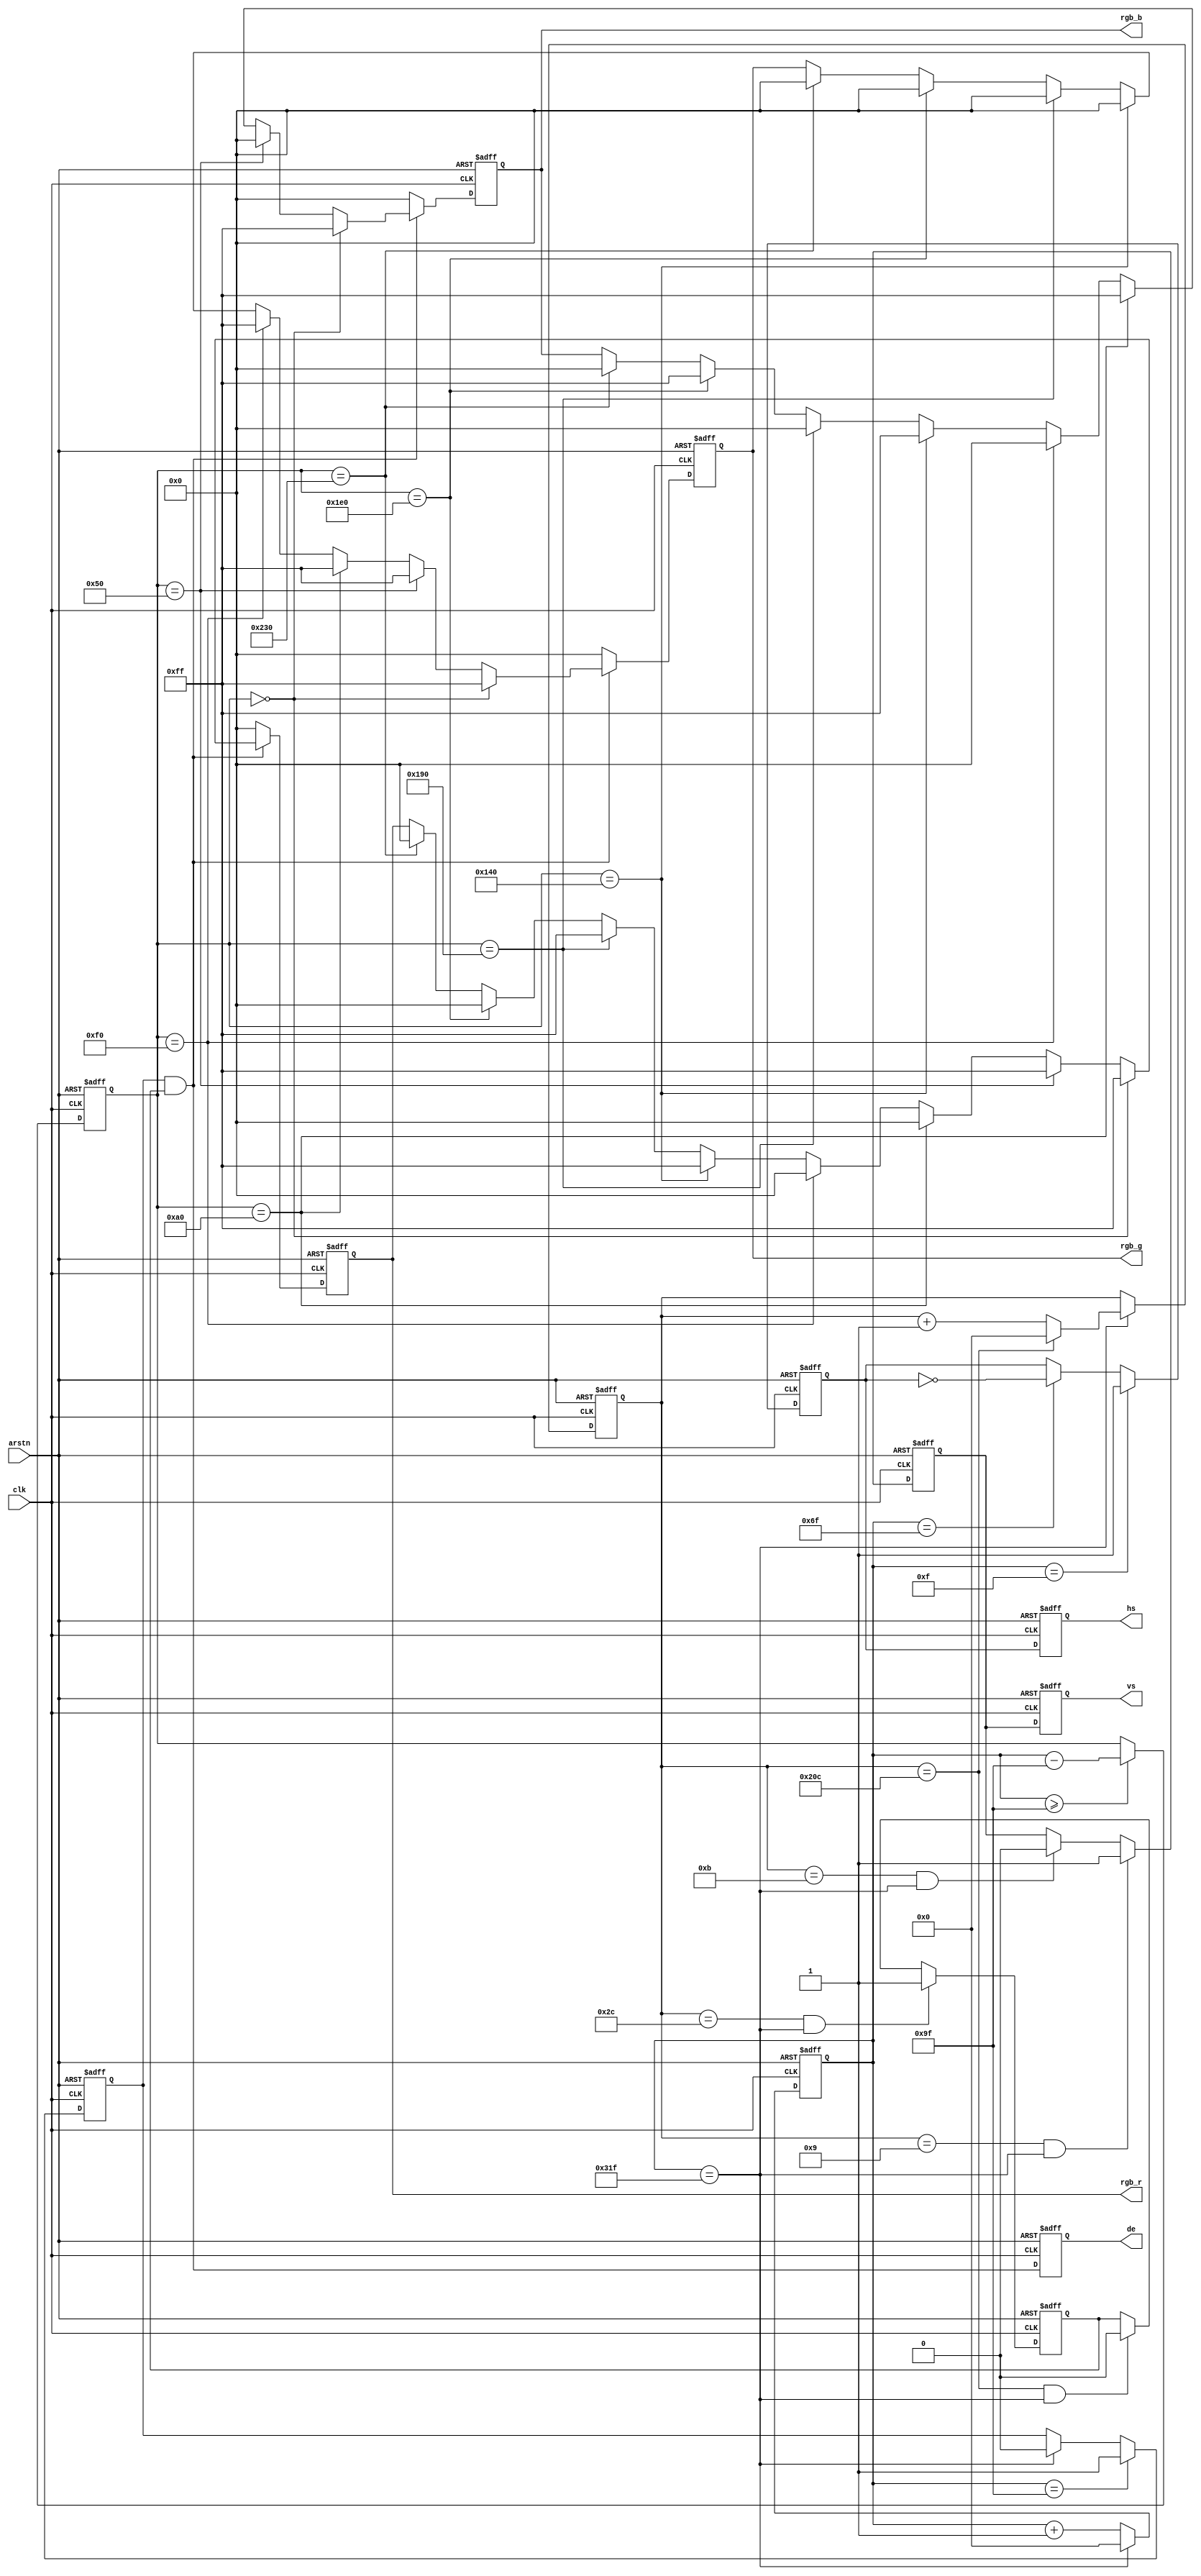
`define VIDEO_640_480

module color_bar(clk,arstn,hs,vs,de,rgb_r,rgb_g,rgb_b);
input clk;
input arstn;
output hs;
output vs;
output de;
output [7:0]rgb_r;
output [7:0]rgb_g;
output [7:0]rgb_b;

/* video timing parameter definition */
`ifdef  VIDEO_1280_720
parameter H_ACTIVE = 16'd1280;           //horizontal active time (pixels)
parameter H_FP = 16'd110;                //horizontal front porch (pixels)
parameter H_SYNC = 16'd40;               //horizontal sync time(pixels)
parameter H_BP = 16'd220;                //horizontal back porch (pixels)
parameter V_ACTIVE = 16'd720;            //vertical active Time (lines)
parameter V_FP  = 16'd5;                 //vertical front porch (lines)
parameter V_SYNC  = 16'd5;               //vertical sync time (lines)
parameter V_BP  = 16'd20;                //vertical back porch (lines)
parameter HS_POL = 1'b1;                 //horizontal sync polarity, 1 : POSITIVE,0 : NEGATIVE;
parameter VS_POL = 1'b1;                 //vertical sync polarity, 1 : POSITIVE,0 : NEGATIVE;
`endif

//480x272 9Mhz
`ifdef  VIDEO_480_272
parameter H_ACTIVE = 16'd480; 
parameter H_FP = 16'd2;       
parameter H_SYNC = 16'd41;    
parameter H_BP = 16'd2;       
parameter V_ACTIVE = 16'd272; 
parameter V_FP  = 16'd2;     
parameter V_SYNC  = 16'd10;   
parameter V_BP  = 16'd2;     
parameter HS_POL = 1'b1;
parameter VS_POL = 1'b1;
`endif

//640x480 25.175Mhz
`ifdef  VIDEO_640_480
parameter H_ACTIVE = 16'd640; 
parameter H_FP = 16'd16;      
parameter H_SYNC = 16'd96;    
parameter H_BP = 16'd48;      
parameter V_ACTIVE = 16'd480; 
parameter V_FP  = 16'd10;    
parameter V_SYNC  = 16'd2;    
parameter V_BP  = 16'd33;    
parameter HS_POL = 1'b1;
parameter VS_POL = 1'b1;
`endif

//800x480 33Mhz
`ifdef  VIDEO_800_480
parameter H_ACTIVE = 16'd800; 
parameter H_FP = 16'd40;      
parameter H_SYNC = 16'd128;   
parameter H_BP = 16'd88;      
parameter V_ACTIVE = 16'd480; 
parameter V_FP  = 16'd1;     
parameter V_SYNC  = 16'd3;    
parameter V_BP  = 16'd21;    
parameter HS_POL = 1'b1;
parameter VS_POL = 1'b1;
`endif

//800x600 40Mhz
`ifdef  VIDEO_800_600
parameter H_ACTIVE = 16'd800; 
parameter H_FP = 16'd40;      
parameter H_SYNC = 16'd128;   
parameter H_BP = 16'd88;      
parameter V_ACTIVE = 16'd600; 
parameter V_FP  = 16'd1;     
parameter V_SYNC  = 16'd4;    
parameter V_BP  = 16'd23;    
parameter HS_POL = 1'b1;
parameter VS_POL = 1'b1;
`endif

//1024x768 65Mhz
`ifdef  VIDEO_1024_768
parameter H_ACTIVE = 16'd1024;
parameter H_FP = 16'd24;      
parameter H_SYNC = 16'd136;   
parameter H_BP = 16'd160;     
parameter V_ACTIVE = 16'd768; 
parameter V_FP  = 16'd3;      
parameter V_SYNC  = 16'd6;    
parameter V_BP  = 16'd29;     
parameter HS_POL = 1'b1;
parameter VS_POL = 1'b1;
`endif

//1920x1080 148.5Mhz
`ifdef  VIDEO_1920_1080
parameter H_ACTIVE = 16'd1920;
parameter H_FP = 16'd88;
parameter H_SYNC = 16'd44;
parameter H_BP = 16'd148; 
parameter V_ACTIVE = 16'd1080;
parameter V_FP  = 16'd4;
parameter V_SYNC  = 16'd5;
parameter V_BP  = 16'd36;
parameter HS_POL = 1'b1;
parameter VS_POL = 1'b1;
`endif

parameter H_TOTAL = H_ACTIVE + H_FP + H_SYNC + H_BP;//horizontal total time (pixels)
parameter V_TOTAL = V_ACTIVE + V_FP + V_SYNC + V_BP;//vertical total time (lines)
/* define the RGB values for 8 colors */
parameter WHITE_R       = 8'hff;
parameter WHITE_G       = 8'hff;
parameter WHITE_B       = 8'hff;
parameter YELLOW_R      = 8'hff;
parameter YELLOW_G      = 8'hff;
parameter YELLOW_B      = 8'h00;
parameter CYAN_R        = 8'h00;
parameter CYAN_G        = 8'hff;
parameter CYAN_B        = 8'hff;
parameter GREEN_R       = 8'h00;
parameter GREEN_G       = 8'hff;
parameter GREEN_B       = 8'h00;
parameter MAGENTA_R     = 8'hff;
parameter MAGENTA_G     = 8'h00;
parameter MAGENTA_B     = 8'hff;
parameter RED_R         = 8'hff;
parameter RED_G         = 8'h00;
parameter RED_B         = 8'h00;
parameter BLUE_R        = 8'h00;
parameter BLUE_G        = 8'h00;
parameter BLUE_B        = 8'hff;
parameter BLACK_R       = 8'h00;
parameter BLACK_G       = 8'h00;
parameter BLACK_B       = 8'h00;

reg hs_reg;                      //horizontal sync register
reg vs_reg;                      //vertical sync register
reg hs_reg_d0;                   //delay 1 clock of 'hs_reg'
reg vs_reg_d0;                   //delay 1 clock of 'vs_reg'
reg[15:0] h_cnt;                 //horizontal counter
reg[15:0] v_cnt;                 //vertical counter
reg[15:0] active_x;              //video x position 
reg[15:0] active_y;              //video y position 
reg[7:0] rgb_r_reg;              //video red data register
reg[7:0] rgb_g_reg;              //video green data register
reg[7:0] rgb_b_reg;              //video blue data register
reg h_active;                    //horizontal video active
reg v_active;                    //vertical video active
wire video_active;               //video active(horizontal active and vertical active)
reg video_active_d0;             //delay 1 clock of video_active
assign hs = hs_reg_d0;
assign vs = vs_reg_d0;
assign video_active = h_active & v_active;
assign de = video_active_d0;
assign rgb_r = rgb_r_reg;
assign rgb_g = rgb_g_reg;
assign rgb_b = rgb_b_reg;

/* delay one clk */
always@(posedge clk or negedge arstn)
    begin
        if(~arstn)
            begin
                hs_reg_d0 <= 1'b0;
                vs_reg_d0 <= 1'b0;
                video_active_d0 <= 1'b0;
            end
        else
            begin
                hs_reg_d0 <= hs_reg;
                vs_reg_d0 <= vs_reg;
                video_active_d0 <= video_active;
            end
    end 

/* horizontal counter */
always@(posedge clk or negedge arstn)
    begin
        if(~arstn)
            h_cnt <= 16'd0;
        else if(h_cnt == H_TOTAL - 1'b1)
            h_cnt <= 16'd0;
        else
            h_cnt <= h_cnt + 1'b1;
    end

/* active x position */
always@(posedge clk or negedge arstn)
    begin
        if(~arstn)
            active_x <= 16'd0;
        else if(h_cnt >= H_FP + H_SYNC + H_BP -1'b1)
            active_x <= h_cnt - (H_FP + H_SYNC + H_BP -1'b1);
        else 
            active_x <= active_x;
    end

/* vertical counter */
always@(posedge clk or negedge arstn)
    begin
        if(~arstn)
            v_cnt <= 16'd0;
        else if(h_cnt == H_TOTAL - 1'b1)
            begin
                if(v_cnt == V_TOTAL - 1'b1)
                    v_cnt <= 16'd0;
                else
                    v_cnt <= v_cnt + 1'b1;
            end
        else
            v_cnt <= v_cnt;
    end

/* hsync signal */
always@(posedge clk or negedge arstn)
    begin
        if(~arstn)
            hs_reg <= 16'd0;
        else if(h_cnt == H_FP -1)
            hs_reg <= HS_POL;
        else if(h_cnt == H_FP + H_SYNC - 1'b1)
            hs_reg <= ~hs_reg;
        else
            hs_reg <= hs_reg;
    end

/* h_active signal */
always@(posedge clk or negedge arstn)
    begin
        if(~arstn)
            h_active <= 16'd0;
        else if(h_cnt == H_FP + H_SYNC + H_BP - 1'b1)
            h_active <= 1'b1;
        else if(h_cnt == H_TOTAL - 1'b1)
            h_active <= 1'b0;
        else
            h_active <= h_active;
    end

/* vsync signal */
always@(posedge clk or negedge arstn)
    begin
        if(~arstn)
            vs_reg <= 1'b0;
        else if((v_cnt == V_FP - 1'b1)&&(h_cnt == H_TOTAL - 1'b1))
            vs_reg <= HS_POL;
        else if((v_cnt == V_FP + V_SYNC - 1'b1)&&(h_cnt == H_TOTAL - 1'b1))
            vs_reg <= 1'b0;
        else
            vs_reg <= vs_reg;
    end

/* v_active signal */
always@(posedge clk or negedge arstn)
    begin
        if(~arstn)
            v_active <= 1'b0;
        else if((v_cnt == V_FP + V_SYNC + V_BP - 1'b1)&&(h_cnt == H_TOTAL - 1'b1))
            v_active <= 1'b1;
        else if((v_cnt == V_TOTAL -1)&&(h_cnt == H_TOTAL - 1'b1))
            v_active <= 1'b0;
        else
            v_active <= v_active;
    end
    
always@(posedge clk or negedge arstn)
    begin
        if(~arstn)
            begin
                rgb_r_reg <= 8'h00;
                rgb_g_reg <= 8'h00;
                rgb_b_reg <= 8'h00;
            end
        else if(video_active)
            if(active_x == 12'd0)
                begin
                    rgb_r_reg <= WHITE_R;
                    rgb_g_reg <= WHITE_G;
                    rgb_b_reg <= WHITE_B;
                end
            else if(active_x == (H_ACTIVE/8) * 1)
                begin
                    rgb_r_reg <= YELLOW_R;
                    rgb_g_reg <= YELLOW_G;
                    rgb_b_reg <= YELLOW_B;
                end         
            else if(active_x == (H_ACTIVE/8) * 2)
                begin
                    rgb_r_reg <= CYAN_R;
                    rgb_g_reg <= CYAN_G;
                    rgb_b_reg <= CYAN_B;
                end
            else if(active_x == (H_ACTIVE/8) * 3)
                begin
                    rgb_r_reg <= GREEN_R;
                    rgb_g_reg <= GREEN_G;
                    rgb_b_reg <= GREEN_B;
                end
            else if(active_x == (H_ACTIVE/8) * 4)
                begin
                    rgb_r_reg <= MAGENTA_R;
                    rgb_g_reg <= MAGENTA_G;
                    rgb_b_reg <= MAGENTA_B;
                end
            else if(active_x == (H_ACTIVE/8) * 5)
                begin
                    rgb_r_reg <= RED_R;
                    rgb_g_reg <= RED_G;
                    rgb_b_reg <= RED_B;
                end
            else if(active_x == (H_ACTIVE/8) * 6)
                begin
                    rgb_r_reg <= BLUE_R;
                    rgb_g_reg <= BLUE_G;
                    rgb_b_reg <= BLUE_B;
                end 
            else if(active_x == (H_ACTIVE/8) * 7)
                begin
                    rgb_r_reg <= BLACK_R;
                    rgb_g_reg <= BLACK_G;
                    rgb_b_reg <= BLACK_B;
                end
            else
                begin
                    rgb_r_reg <= rgb_r_reg;
                    rgb_g_reg <= rgb_g_reg;
                    rgb_b_reg <= rgb_b_reg;
                end         
        else
            begin
                rgb_r_reg <= 8'h00;
                rgb_g_reg <= 8'h00;
                rgb_b_reg <= 8'h00;
            end
    end








endmodule